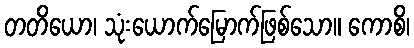
တတိယော၊ သုံးယောက်မြောက်ဖြစ်သော။ ကောစိ၊